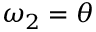
\omega _ { 2 } = \theta